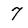
Character: 7